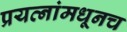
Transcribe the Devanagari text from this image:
प्रयत्नांमधूनच